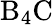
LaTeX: \mathrm{{B}_{4}C}